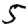
Digit: 5